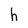
Character: h